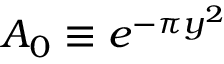
A _ { 0 } \equiv e ^ { - \pi y ^ { 2 } }